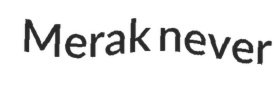
Merak never